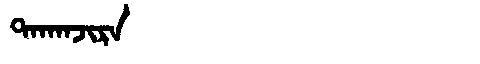
Manchu: ᡨᠠᡴᠠᠨᠵᡳᡵᠠ
Romanization: TAKANJIRA